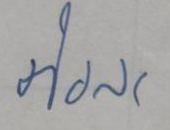
ตัวละ